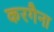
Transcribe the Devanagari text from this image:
करगैना